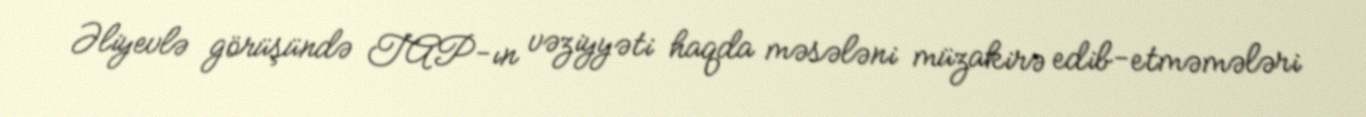
Əliyevlə görüşündə TAP-ın vəziyyəti haqda məsələni müzakirə edib-etməmələri